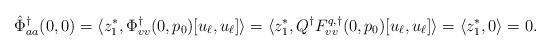
\begin{align*}\hat \Phi^\dagger_{aa}(0,0) &= \langle z_1^*, \Phi^\dagger_{vv}(0,p_0)[u_\ell,u_\ell]\rangle = \langle z_1^*, Q^\dagger F^{q,\dagger}_{vv}(0, p_0)[u_\ell,u_\ell]\rangle = \langle z_1^*, 0\rangle = 0.\end{align*}